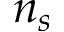
n _ { s }